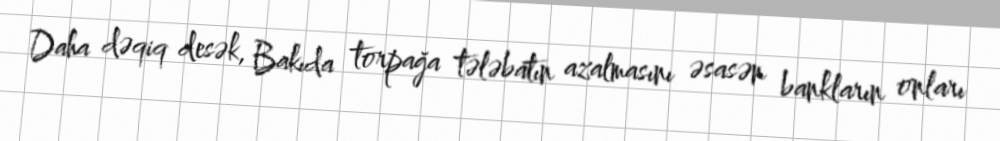
Daha dəqiq desək, Bakıda torpağa tələbatın azalmasını əsasən bankların onları